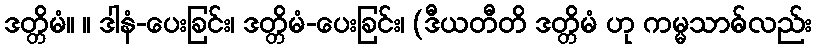
ဒတ္တိမံ။ ။ ဒါနံ-ပေးခြင်း၊ ဒတ္တိမံ-ပေးခြင်း၊ (ဒီယတီတိ ဒတ္တိမံ ဟု ကမ္မသာဓ်လည်း